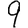
Digit: 9